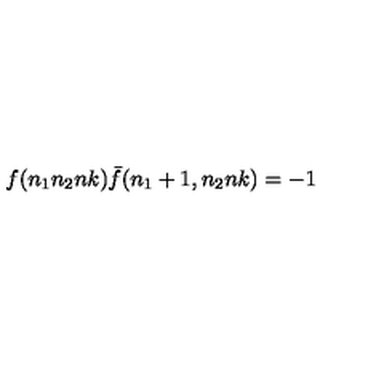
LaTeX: f ( n _ { 1 } n _ { 2 } n k ) { \bar { f } } ( n _ { 1 } + 1 , n _ { 2 } n k ) = - 1